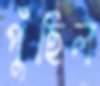
পুঁছিল